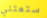
ستعتني